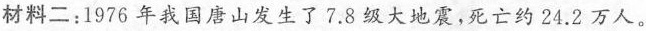
材料二：1975年我国唐山发生了7.8级大地震，死亡约24.2万人。